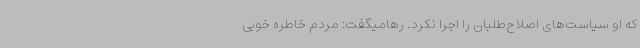
که او سیاست‌های اصلاح‌طلبان را اجرا نکرد. رهامیگفت: مردم خاطره خوبی